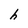
Character: h